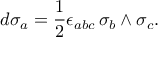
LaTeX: d \sigma _ { a } = \frac { 1 } { 2 } \epsilon _ { a b c } \, \sigma _ { b } \wedge \sigma _ { c } .